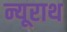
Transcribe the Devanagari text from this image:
न्यूराथ